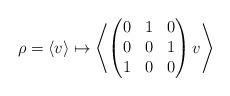
LaTeX: \begin{align*}\rho = \left<v\right>\mapsto\left<\begin{pmatrix}0 & 1 & 0\\0 & 0 & 1\\1 & 0 & 0\end{pmatrix}v\right>\end{align*}